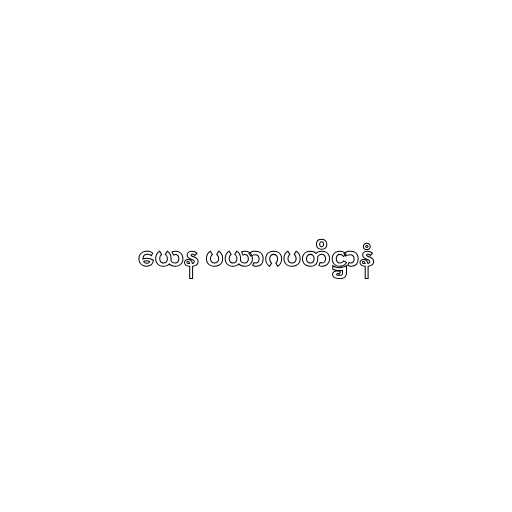
ယေန ပယာဂပတိဋ္ဌာနံ